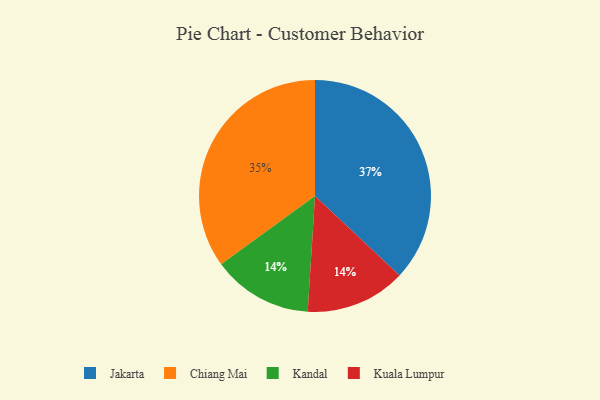
{"axis": {"x": "Category", "y": "Percentage"}, "legend": ["Chiang Mai", "Jakarta", "Kandal", "Kuala Lumpur"], "data": [{"x": "Jakarta", "y": 37, "type": "Jakarta"}, {"x": "Chiang Mai", "y": 35, "type": "Chiang Mai"}, {"x": "Kandal", "y": 14, "type": "Kandal"}, {"x": "Kuala Lumpur", "y": 14, "type": "Kuala Lumpur"}]}